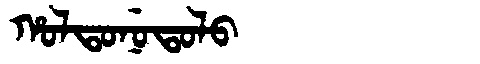
Manchu: ᡥᠣᠯᡨᠣᠨᡠᡨᠣᠯᠣ
Romanization: HOLTONUTOLO